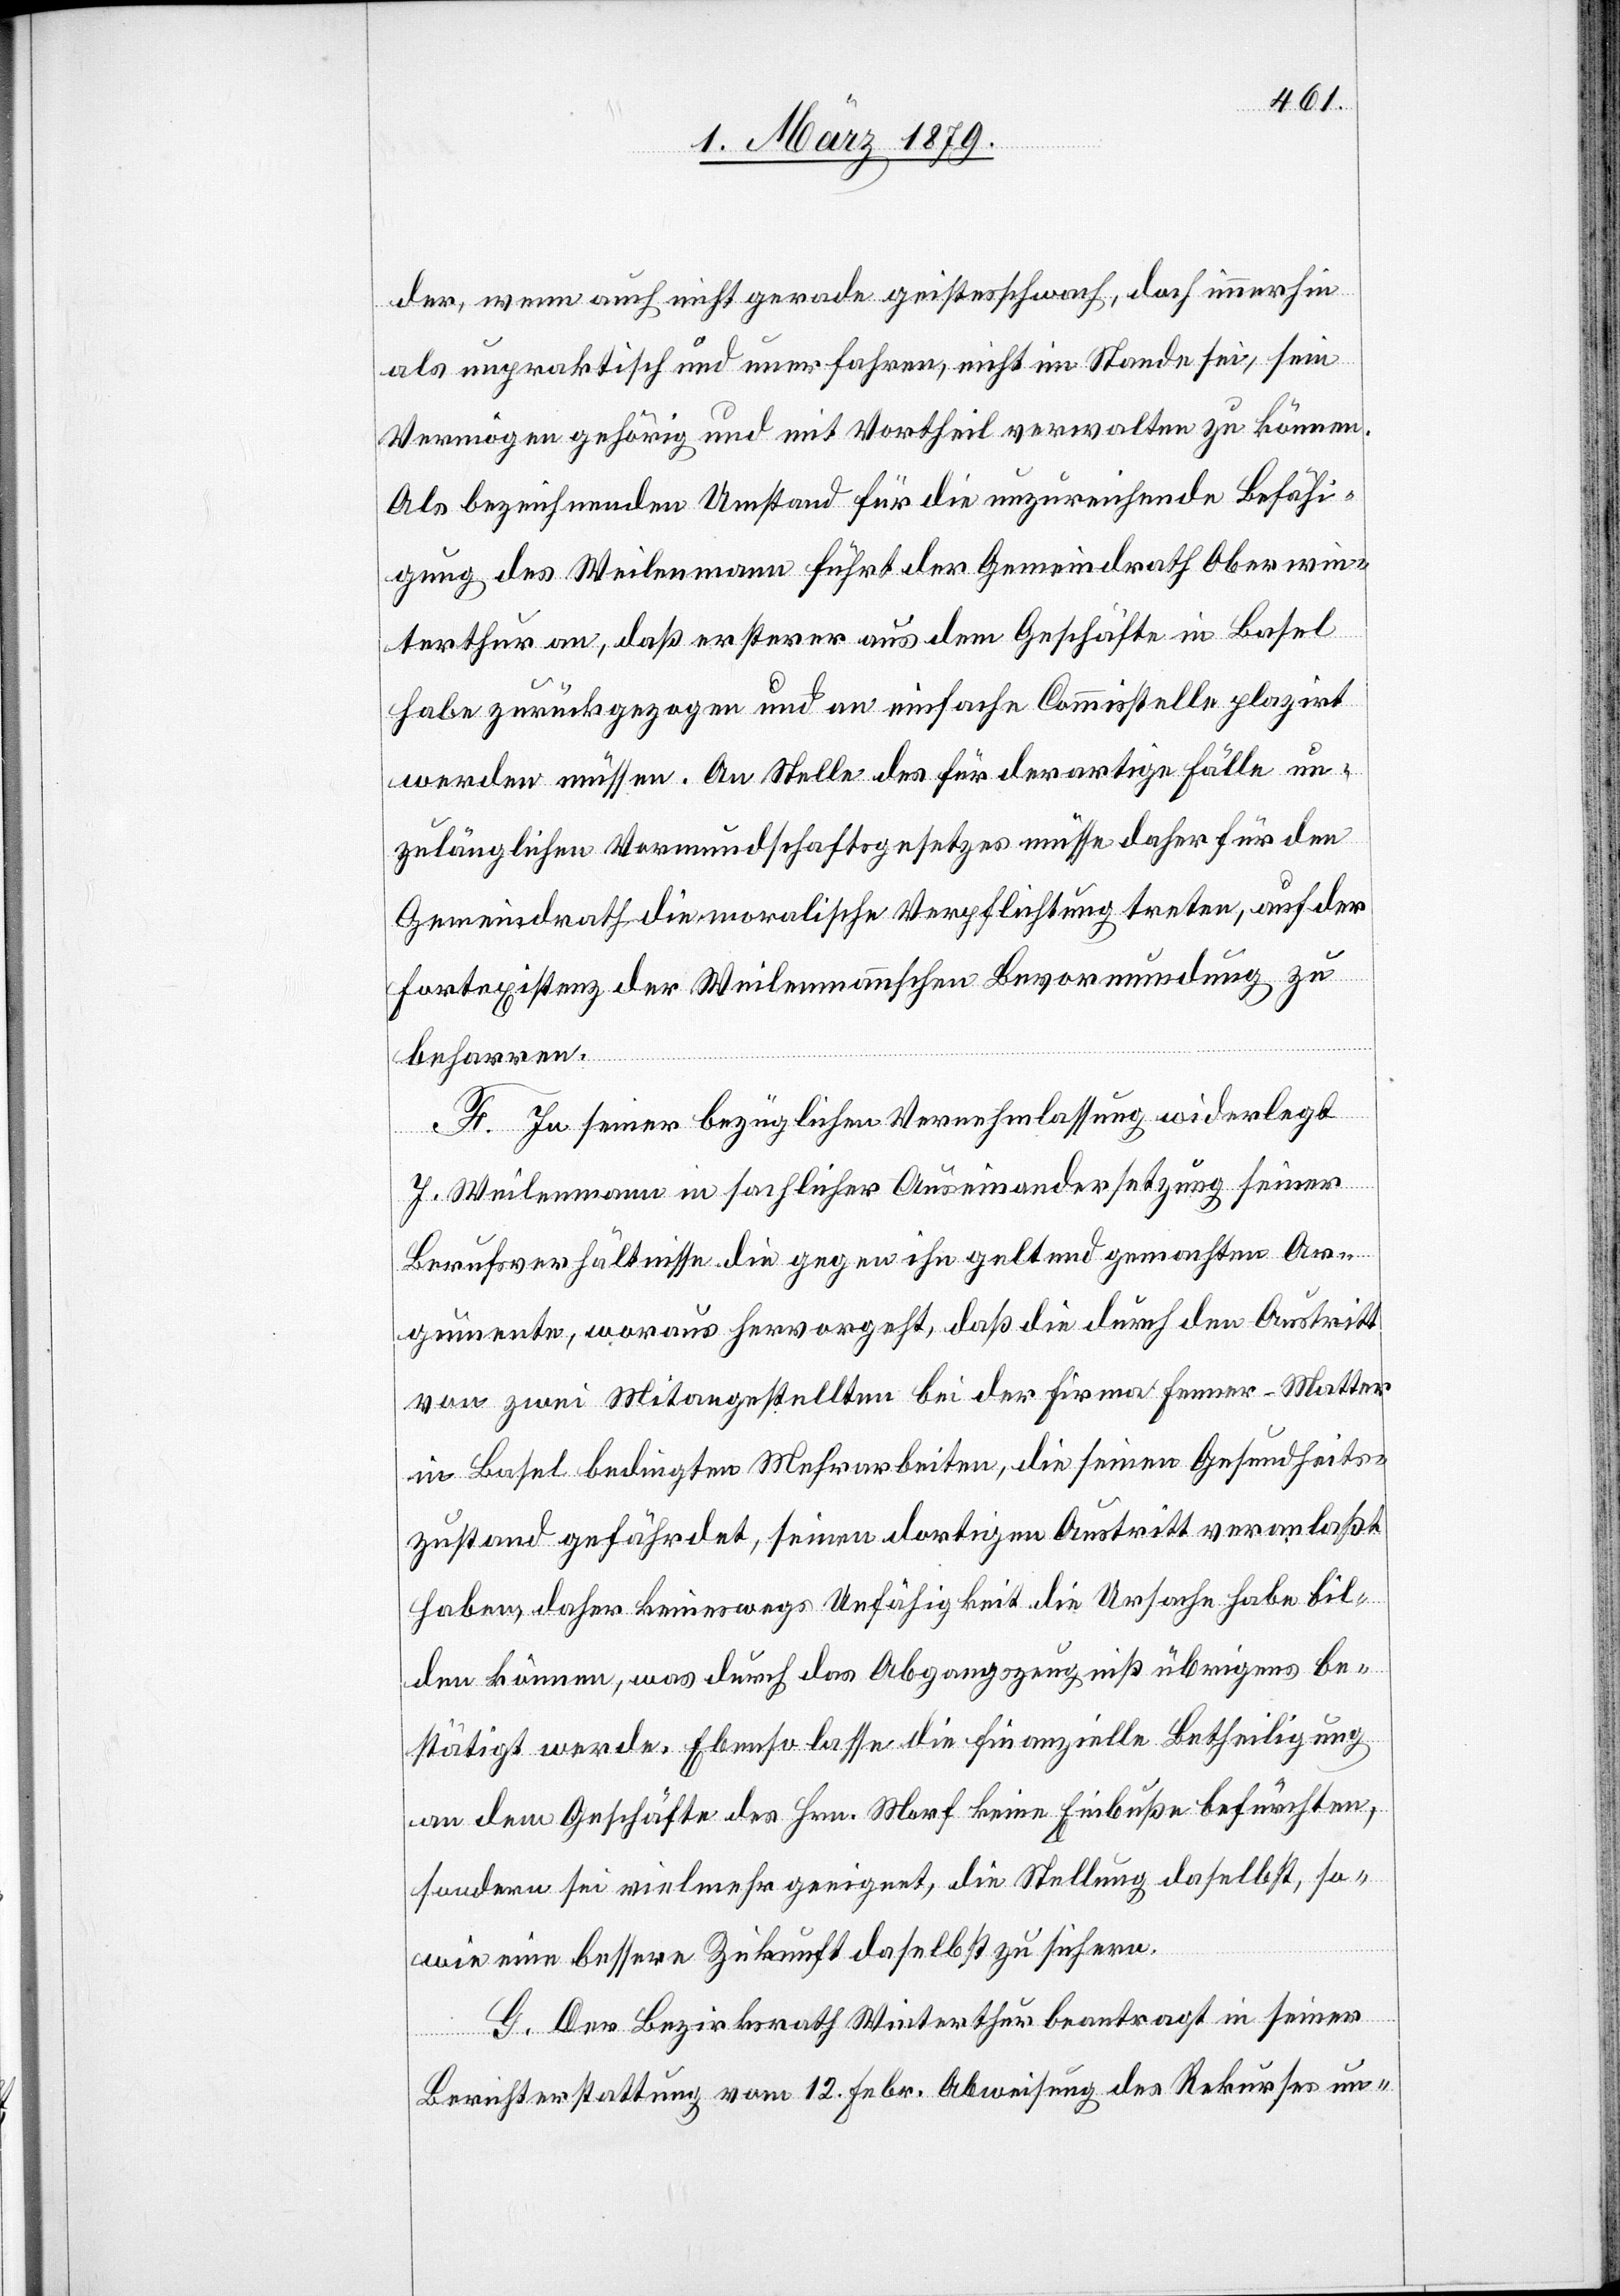
der, wenn auch nicht gerade geistesschwach, doch immerhin
als unpraktisch und unerfahren, nicht im Stande sei, sein
Vermögen gehörig und mit Vortheil verwalten zu können.
Als bezeichnenden Umstand für die unzureichende Befähi¬
gung des Weilenmann führt der Gemeindrath Oberwin¬
terthur an, daß ersterer aus dem Geschäfte in Basel
habe zurückgezogen und an einfache Commisstelle plaziert
werden müssen. An Stelle des für derartige Fälle un¬
zulänglichen Vormundschaftsgesetzes müsse daher für den
Gemeindrath die moralische Verpflichtung treten, auf der
Fortexistenz der Weilenmannschen Bevormundung zu
beharren.
F. In seiner bezüglichen Vernehmlassung widerlegt
J. Weilenmann in sachlicher Auseinandersetzung seiner
Berufsverhältnisse die gegen ihn geltend gemachten Ar¬
gumente, woraus hervorgeht, daß die durch den Austritt
von zwei Mitangestellten bei der Firma Fenner-Matter
in Basel bedingten Mehrarbeiten, die seinen Gesundheits¬
zustand gefährdet, seinen dortigen Austritt veranlaßt
haben, daher keineswegs Unfähigkeit die Ursache habe bil¬
den können, was durch das Abgangszeugniß übrigens be¬
stätigt werde. Ebenso lasse die finanzielle Betheiligung
an dem Geschäfte des Hrn. Morf keine Einbuße befürchten,
sondern sei vielmehr geeignet, die Stellung daselbst, so¬
wie eine bessere Zukunft daselbst zu sichern.
G. Der Bezirksrath Winterthur beantragt in seiner
Berichterstattung vom 12. Febr. Abweisung des Rekurses un-